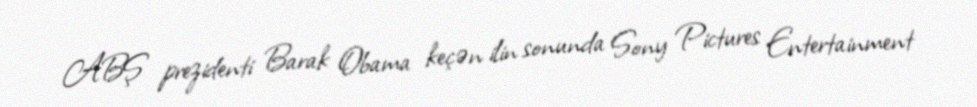
ABŞ prezidenti Barak Obama keçən ilin sonunda Sony Pictures Entertainment